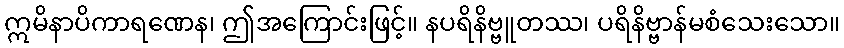
ဣမိနာပိကာရဏေန၊ ဤအကြောင်းဖြင့်။ နပရိနိဗ္ဗူတဿ၊ ပရိနိဗ္ဗာန်မစံသေးသော။